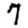
Digit: 7